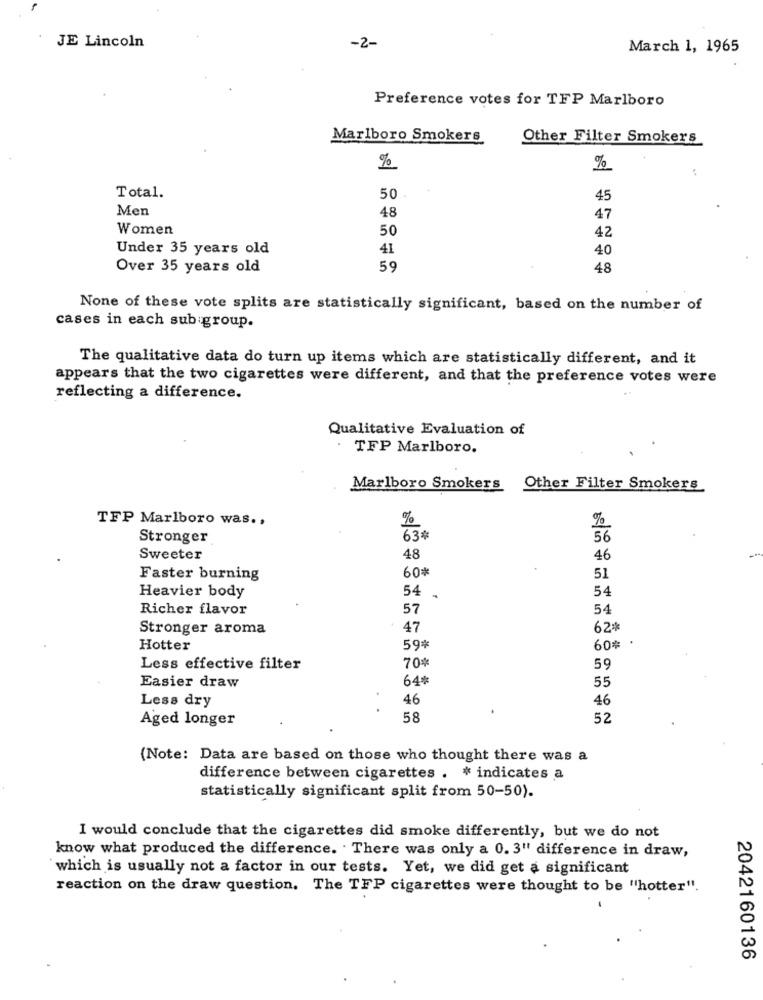
JE Lincoln
-2-
March 1, 1965
Preference votes for TFP Marlboro
Marlboro Smokers
Other Filter Smokers
%
%
Total.
50
45
Men
48
47
Women
50
42
Under 35 years old
41
40
Over 35 years old
59
48
None of these vote splits are statistically significant, based on the number of
cases in each sub group.
The qualitative data do turn up items which are statistically different, and it
appears that the two cigarettes were different, and that the preference votes were
reflecting a difference.
Qualitative Evaluation of
TFP Marlboro.
Marlboro Smokers Other Filter Smokers
TFP Marlboro was ..
%
%
Stronger
63#
56
Sweeter
48
46
60*
Faster burning
51
54
Heavier body
54 .
Richer flavor
57
54
Stronger aroma
47
62*
Hotter
59*
60% .
70%
Less effective filter
59
64*
Easier draw
55
Less dry
46
46
Aged longer
58
52
(Note: Data are based on those who thought there was a
difference between cigarettes . * indicates a
statistically significant split from 50-50).
I would conclude that the cigarettes did smoke differently, but we do not
know what produced the difference. . There was only a 0. 3" difference in draw,
`which is usually not a factor in our tests. Yet, we did get a significant
reaction on the draw question. The TFP cigarettes were thought to be "hotter".
2042160136